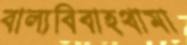
বাল্যবিবাহথামা